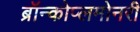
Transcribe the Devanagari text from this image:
ब्रॉन्कोप्लमोनरी